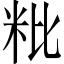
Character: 粃